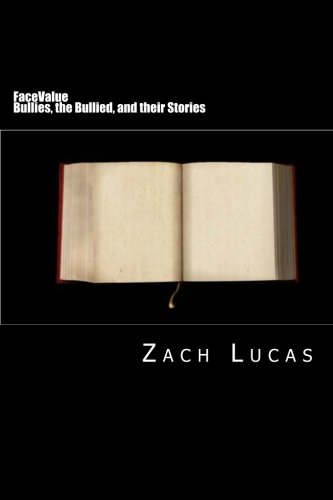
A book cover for FaceValue: Bullies, the Bullied, and their Stories; Zach D Lucas; Teen & Young Adult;